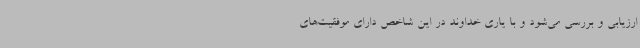
ارزیابی و بررسی می‌شود و با یاری خداوند در این شاخص دارای موفقیت‌های